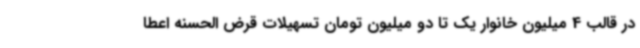
در قالب 4 میلیون خانوار یک تا دو میلیون تومان تسهیلات قرض الحسنه اعطا